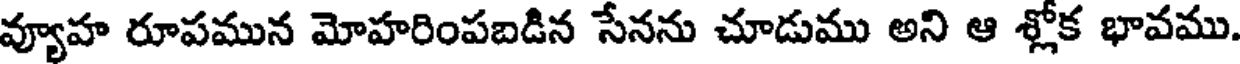
వ్యూహ రూపమున మోహరింపబడిన సేనను చూడుము అని ఆ శ్లోక భావము.